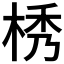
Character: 𣒴